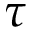
\tau